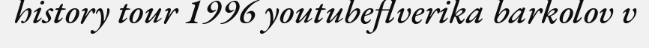
history tour 1996 youtubeflverika barkolov v